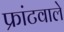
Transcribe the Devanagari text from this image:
फ्रांटवाले